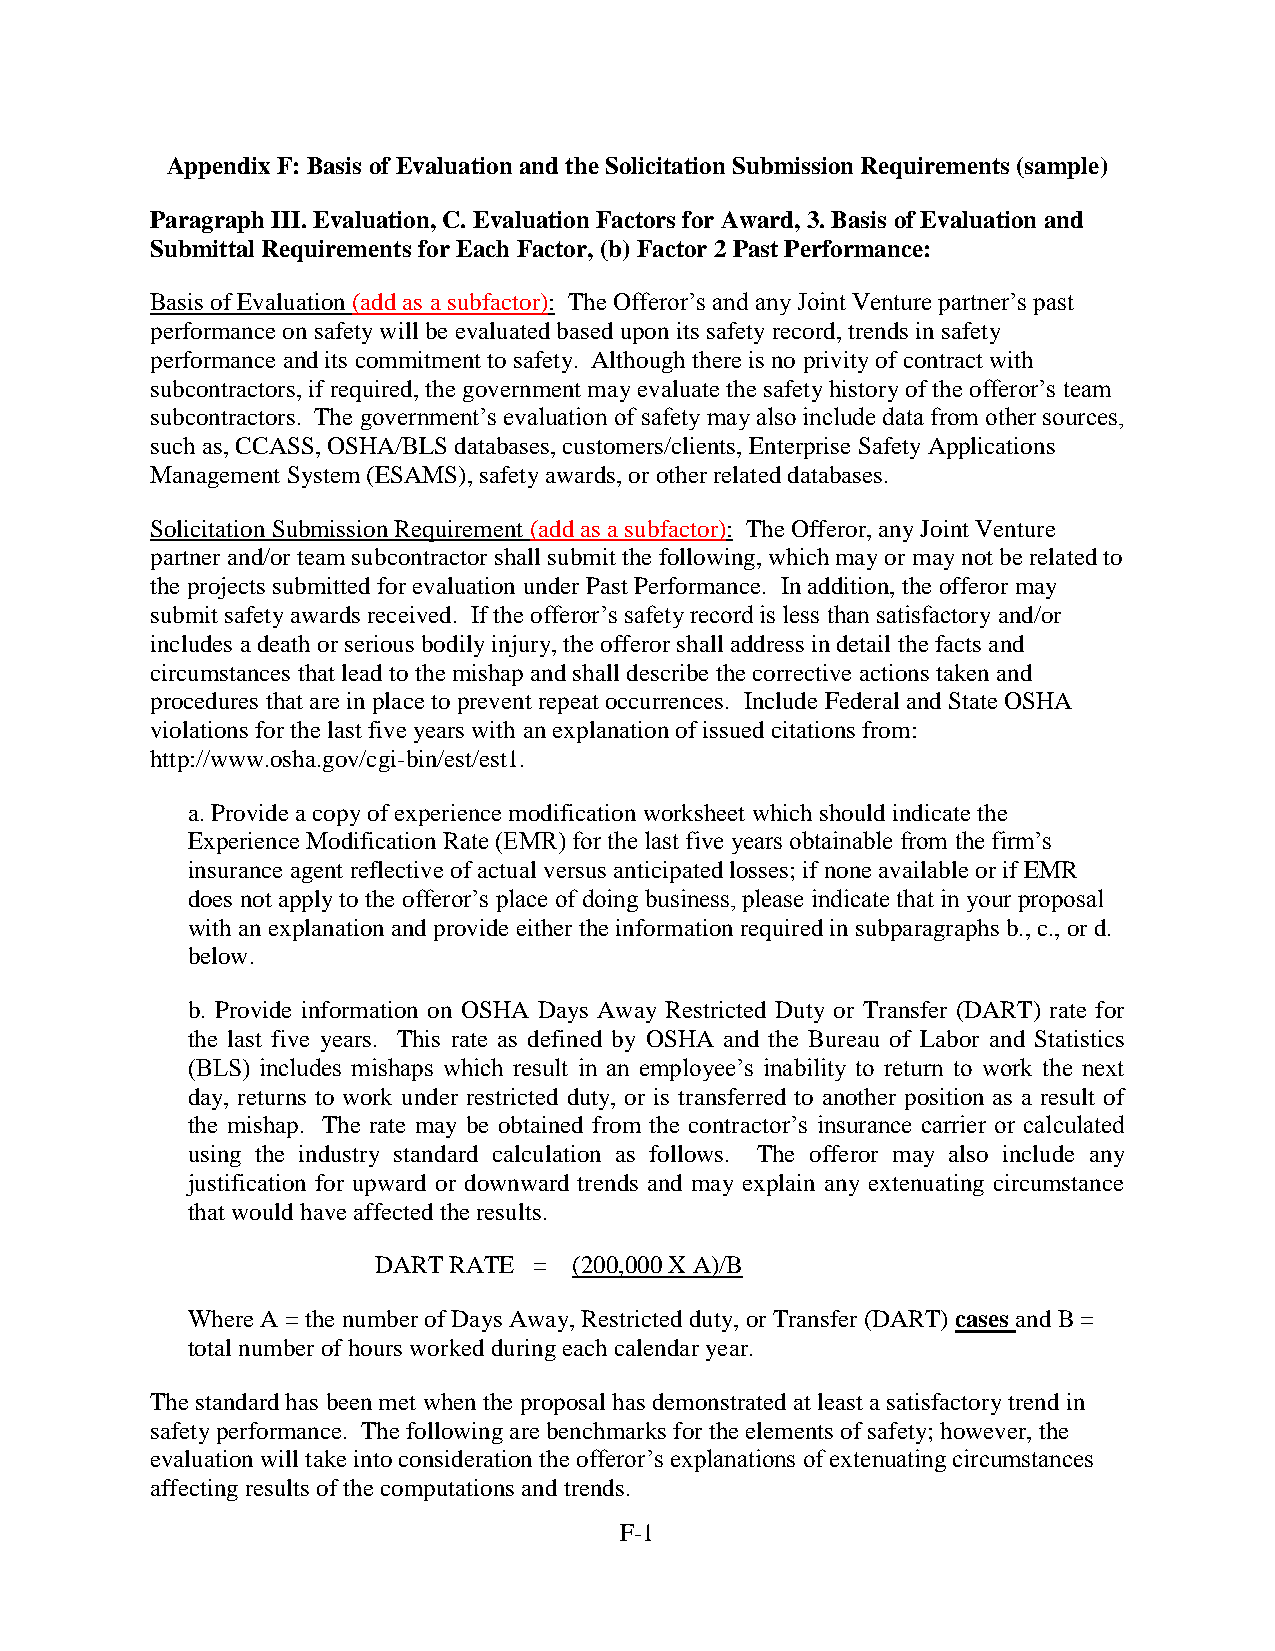
Appendix F: Basis of Evaluation and the Solicitation Submission Requirements (sample)
 Paragraph III. Evaluation, C. Evaluation Factors for Award, 3. Basis of Evaluation and
 Submittal Requirements for Each Factor, (b) Factor 2 Past Performance:
 Basis of Evaluation (add as a subfactor): The Offeror’s and any Joint Venture partner’s past
 performance on safety will be evaluated based upon its safety record, trends in safety
 performance and its commitment to safety. Although there is no privity of contract with
 subcontractors, if required, the government may evaluate the safety history of the offeror’s team
 subcontractors. The government’s evaluation of safety may also include data from other sources,
 such as, CCASS, OSHA/BLS databases, customers/clients, Enterprise Safety Applications
 Management System (ESAMS), safety awards, or other related databases.
 Solicitation Submission Requirement (add as a subfactor): The Offeror, any Joint Venture
 partner and/or team subcontractor shall submit the following, which may or may not be related to
 the projects submitted for evaluation under Past Performance. In addition, the offeror may
 submit safety awards received. If the offeror’s safety record is less than satisfactory and/or
 includes a death or serious bodily injury, the offeror shall address in detail the facts and
 circumstances that lead to the mishap and shall describe the corrective actions taken and
 procedures that are in place to prevent repeat occurrences. Include Federal and State OSHA
 violations for the last five years with an explanation of issued citations from:
 http://www.osha.gov/cgi-bin/est/est1.
 a. Provide a copy of experience modification worksheet which should indicate the
 Experience Modification Rate (EMR) for the last five years obtainable from the firm’s
 insurance agent reflective of actual versus anticipated losses; if none available or if EMR
 does not apply to the offeror’s place of doing business, please indicate that in your proposal
 with an explanation and provide either the information required in subparagraphs b., c., or d.
 below.
 b. Provide information on OSHA Days Away Restricted Duty or Transfer (DART) rate for
 the last five years. This rate as defined by OSHA and the Bureau of Labor and Statistics
 (BLS) includes mishaps which result in an employee’s inability to return to work the next
 day, returns to work under restricted duty, or is transferred to another position as a result of
 the mishap. The rate may be obtained from the contractor’s insurance carrier or calculated
 using the industry standard calculation as follows. The offeror may also include any
 justification for upward or downward trends and may explain any extenuating circumstance
 that would have affected the results.
 DART RATE =  (200,000 X A)/B
 Where A = the number of Days Away, Restricted duty, or Transfer (DART) cases and B =
 total number of hours worked during each calendar year.
 The standard has been met when the proposal has demonstrated at least a satisfactory trend in
 safety performance. The following are benchmarks for the elements of safety; however, the
 evaluation will take into consideration the offeror’s explanations of extenuating circumstances
 affecting results of the computations and trends.
 F-1